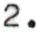
2.